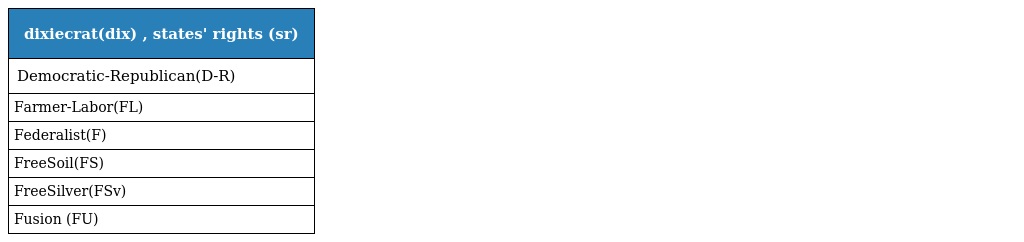
| dixiecrat(dix) , states' rights (sr) |
 | --- |
 | Democratic-Republican(D-R) |
 | Farmer-Labor(FL) |
 | Federalist(F) |
 | FreeSoil(FS) |
 | FreeSilver(FSv) |
 | Fusion (FU) |